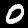
Label: 0